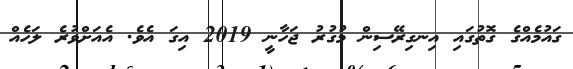
ގައުމެއްގެ ގޮތުގައި އިނގިރޭސިން މުގުރު ޖަހާނީ 2019 އިގަ އެވެ. އެއަށްވުރެ ލަހެއް